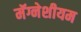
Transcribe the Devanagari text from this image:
मॅग्नेशीयम